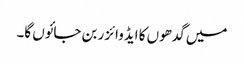
میں گدھوں کا ایڈوائزر بن جائوں گا۔